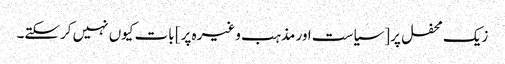
زیک محفل پر [سیاست اور مذہب وغیرہ پر] بات کیوں نہیں کرسکتے۔